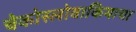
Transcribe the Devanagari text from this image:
चेकोस्लोवाकियाचा